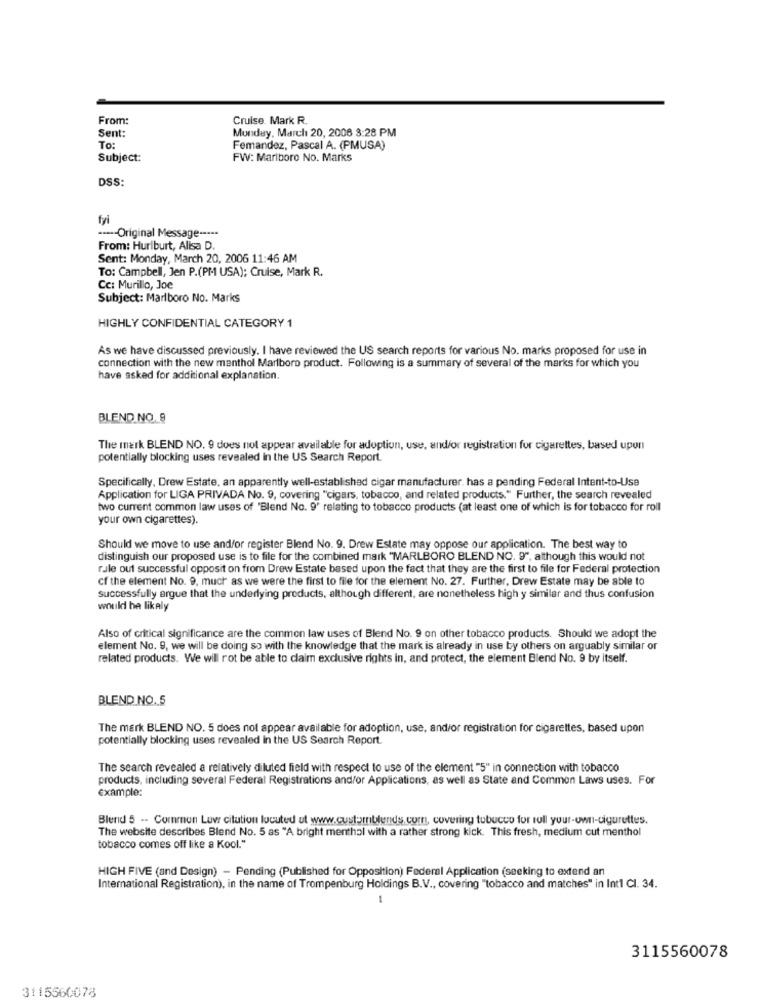
From:
Cruise, Mark R
Sent:
Monday, March 20, 2006 3:28 PM
To:
Femandez, Pascal A. (PMUSA)
Subject:
FW: Marlboro No. Marks
DSS:
fyi
····- Original Message -----
From: Hurlburt, Alisa D.
Sent: Monday, March 20, 2006 11:46 AM
To: Campbell, Jen P.(PM- USA); Cruise, Mark R.
Cc: Murillo, Joe
Subject: Marlboro No. Marks
HIGHLY CONFIDENTIAL CATEGORY 1
As we have discussed previously. I have reviewed the US search reports for various No. marks proposed for use in
connection with the new menthol Marlboro product. Following is a summary of several of the marks for which you
have asked for additional explanation.
BLEND NO. 9
The mark BLEND NO. 9 does not appear available for adoption, use, and/or registration for cigarettes, based upon
potentially blocking uses revealed in the US Search Report.
Specifically, Drew Estate, an apparently well-established cigar manufacturer. has a pending Federal Intent-to-Use
Application for LIGA PRIVADA No. 9, covering "cigars, tobacco, and related products." Further, the search revealed
two current common law uses of 'Blend No. 9' relating to tobacco products (at least one of which is for tobacco for roll
your own cigarettes).
Should we move to use and/or register Blend No. 9. Drew Estate may oppose our application. The best way to
distinguish our proposed use is to file for the combined mark "MARLBORO BLEND NO. 9", although this would not
rule out successful opposit on from Drew Estate based upon the fact that they are the first to file for Federal protection
cf the element No. 9. much as we were the first to file for the element No. 27. Further, Drew Estate may be able to
successfully argue that the underlying products, although different, are nonetheless high y similar and thus confusion
would be likaly
Also of critical significance are the common law uses of Blend No. 9 on other tobacco products. Should we adopt the
element No. 9. we will be doing so with the knowledge that the mark is already in use by others on arguably similar or
related products. We will rot be able to claim exclusive rights in, and protect, the element Blend No. 9 by itself.
BLEND NO. 5
The mark BLEND NO. 5 does not appear available for adoption, use, and/or registration for cigarettes, based upon
potentially blocking uses revealed in the US Search Report.
The search revealed a relatively diluted field with respect to use of the element "5" in connection with tobacco
products, including several Federal Registrations and/or Applications, as well as State and Common Laws uses. For
example:
Blend 5 -- Common Luvr citation locuted ut www.customblends.com, covering tubucco for rull your-own-cigurettes.
The website describes Blend No. 5 as "A bright menthol with a rather strong kick. This fresh, medium cut menthol
tobacco comes off like a Kool."
HIGH FIVE (and Design) - Pending (Published for Opposition) Federal Application (seeking to extend an
International Registration), in the name of Trompenburg Holdings B.V ., covering "tobacco and matches" in Int1 Cl. 34.
1
3115560078
3115560078